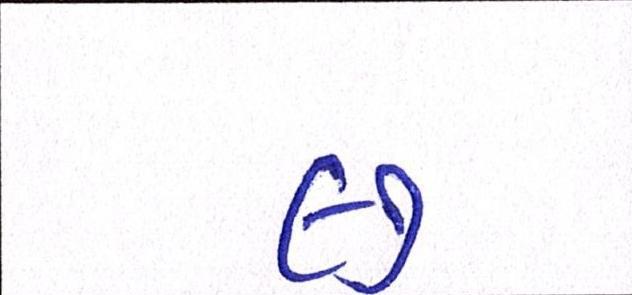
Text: ૯૭